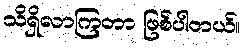
သိရှိလာကြတာ ဖြစ်ပါတယ်။